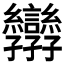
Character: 𭓝